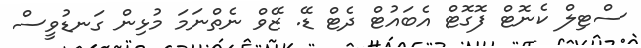
ސްޓިލް ކެނޮޓް ފޮގޮޓް އެބައުޓް ދެޓް ޑޭ. ޒޭވް ނެތްނަމަ މުޅިން ގަނޑުވީސް